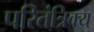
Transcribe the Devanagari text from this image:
परितंत्रिक्य